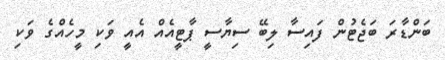
ބަންޑާރަ ބަޖެޓުން ފައިސާ ލިބޭ ސިޔާސީ ޕާޓީއެއް އެއީ ވަކި މީހެއްގެ ވަކި